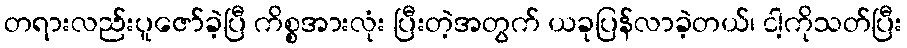
တရားလည်းပူဇော်ခဲ့ပြီ ကိစ္စအားလုံး ပြီးတဲ့အတွက် ယခုပြန်လာခဲ့တယ်၊ ငါ့ကိုသတ်ပြီး